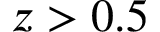
z > 0 . 5